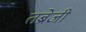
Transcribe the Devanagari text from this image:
तब्रेजी